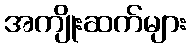
အကျိုးဆက်များ